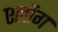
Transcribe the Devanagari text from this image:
एलोंग